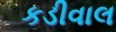
કડીવાલ